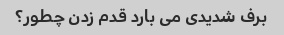
برف شدیدی می بارد قدم زدن چطور؟